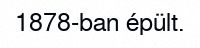
1878-ban épült.